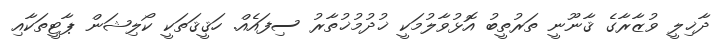
ދާޚިލީ ވުޒާރާގެ ޤާނޫނީ ތަރުތީބު އޮޅުވާލުމަކީ ޚުދުމުޚުތާރު ސިފައެއް. ހަޤީޤަތަކީ ކޯލިޝަން ޕާޓީތަކާއި